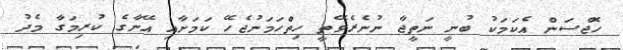
ހޮޖްސަން އެކަމަކު ބުނީ ނަތީޖާ ނުނެރެވޭތީ ހިތްހަމަނުޖެހޭ ކަމަށާއި އޭނާގެ ކުރިމަގާ މެދު